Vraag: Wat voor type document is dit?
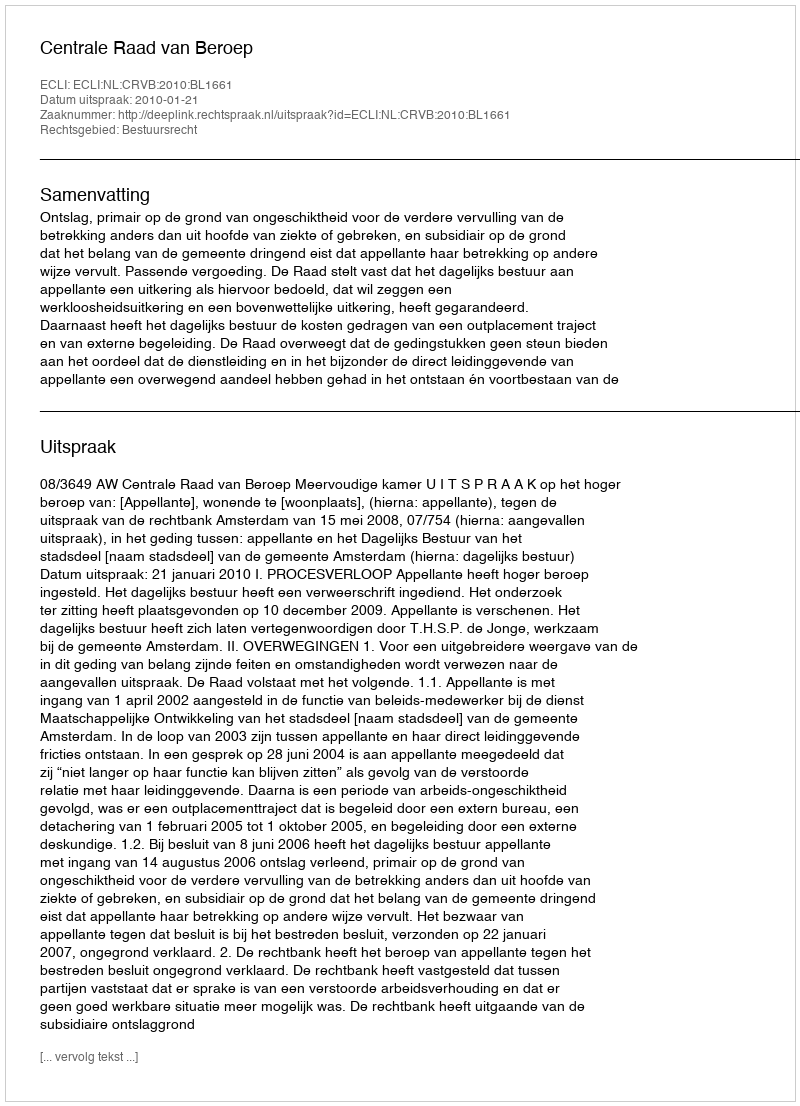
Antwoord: Uitspraak